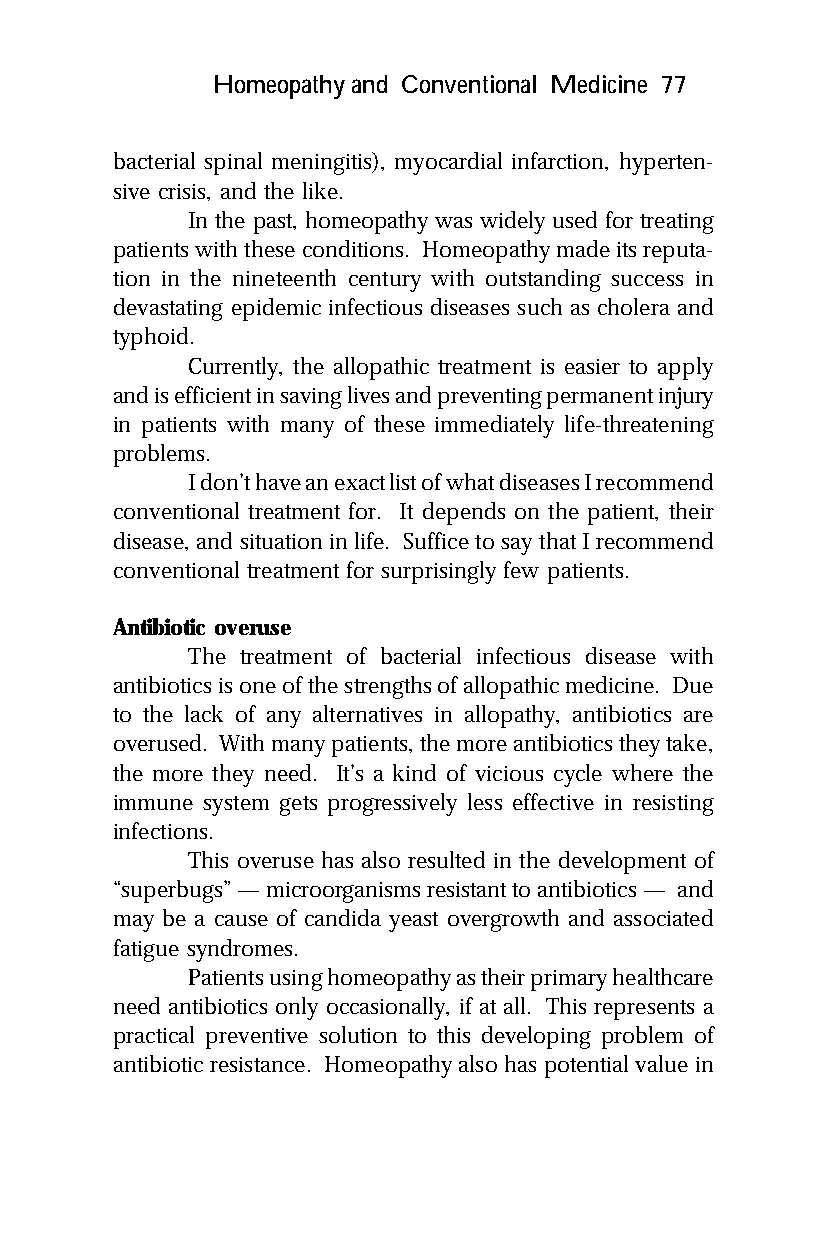
Homeopathy and Conventional Medicine 77
 bacterial spinal meningitis), myocardial infarction, hyperten-
 sive crisis, and the like.
 In the past, homeopathy was widely used for treating
 patients with these conditions. Homeopathy made its reputa-
 tion in the nineteenth century with outstanding success in
 devastating epidemic infectious diseases such as cholera and
 typhoid.
 Currently, the allopathic treatment is easier to apply
 and is efficient in saving lives and preventing permanent injury
 in patients with many of these immediately life-threatening
 problems.
 I don’t have an exact list of what diseases I recommend
 conventional treatment for. It depends on the patient, their
 disease, and situation in life. Suffice to say that I recommend
 conventional treatment for surprisingly few patients.
 Antibiotic overuse
 The treatment of bacterial infectious disease with
 antibiotics is one of the strengths of allopathic medicine. Due
 to the lack of any alternatives in allopathy, antibiotics are
 overused. With many patients, the more antibiotics they take,
 the more they need. It’s a kind of vicious cycle where the
 immune system gets progressively less effective in resisting
 infections.
 This overuse has also resulted in the development of
 “superbugs” — microorganisms resistant to antibiotics — and
 may be a cause of candida yeast overgrowth and associated
 fatigue syndromes.
 Patients using homeopathy as their primary healthcare
 need antibiotics only occasionally, if at all. This represents a
 practical preventive solution to this developing problem of
 antibiotic resistance. Homeopathy also has potential value in